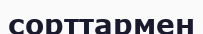
сорттармен